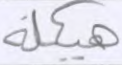
هيكلة